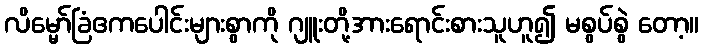
လိမ္မော်ခြံဧကပေါင်းများစွာကို ဂျူးတို့အားရောင်းစားသူဟူ၍ မစွပ်စွဲ တော့။